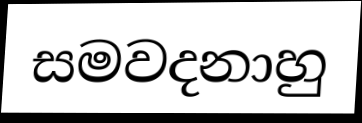
සමවදනාහු